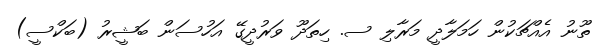
ތޫނު އެއްޗަކުން ހަމަލާދީ މަރާލި ސ. ހިތަދޫ ވަރުދީގޭ އަހުސަން ބަޝީރު (ބަކްސީ)